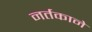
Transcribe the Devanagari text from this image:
नर्तकाने